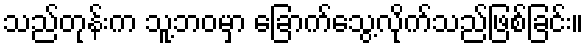
သည်တုန်းက သူ့ဘဝမှာ ခြောက်သွေ့လိုက်သည်ဖြစ်ခြင်း။